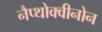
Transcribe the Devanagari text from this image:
नैप्थोक्वीनोन